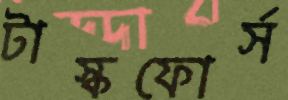
টাস্কফোর্স